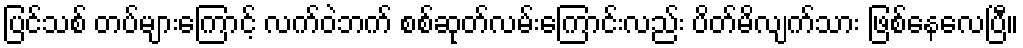
ပြင်သစ် တပ်များကြောင့် လက်ဝဲဘက် စစ်ဆုတ်လမ်းကြောင်းလည်း ပိတ်မိလျက်သား ဖြစ်နေလေပြီ။